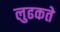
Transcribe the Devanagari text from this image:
लुढकते